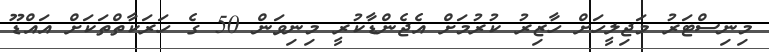
މިނިސްޓަރު މަޖިލީހަށް ހާޒިރު ކުރުމަށް އެޖެންޑާކުރީ މިނިވަން 50 ގެ ހަރަކާތްތަކަށް އައްޑޫ